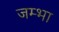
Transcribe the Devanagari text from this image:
जम्भा